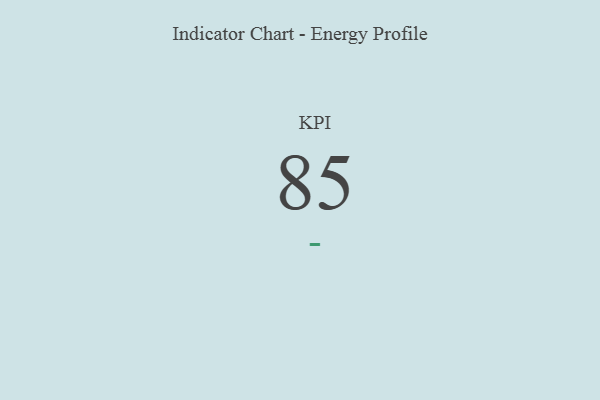
{"axis": {"x": "KPI", "y": "Value"}, "legend": [""], "data": [{"x": "KPI", "y": 85, "type": ""}]}